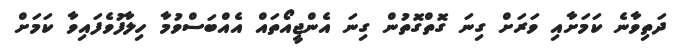
ދަތިވާނެ ކަމަށާއި ވަރަށް ގިނަ ގޮތްގޮތުން ގިނަ އެންޖީއޯތައް އެއްބަސްވުމާ ހިލާފުވެފައިވާ ކަމަށް